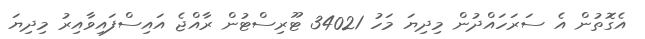
އެގޮތުން އެ ސަރަހައްދުން މިދިޔަ މަހު 34021 ޓޫރިސްޓުން ރާއްޖެ އައިސްފައިވާއިރު މިދިޔަ